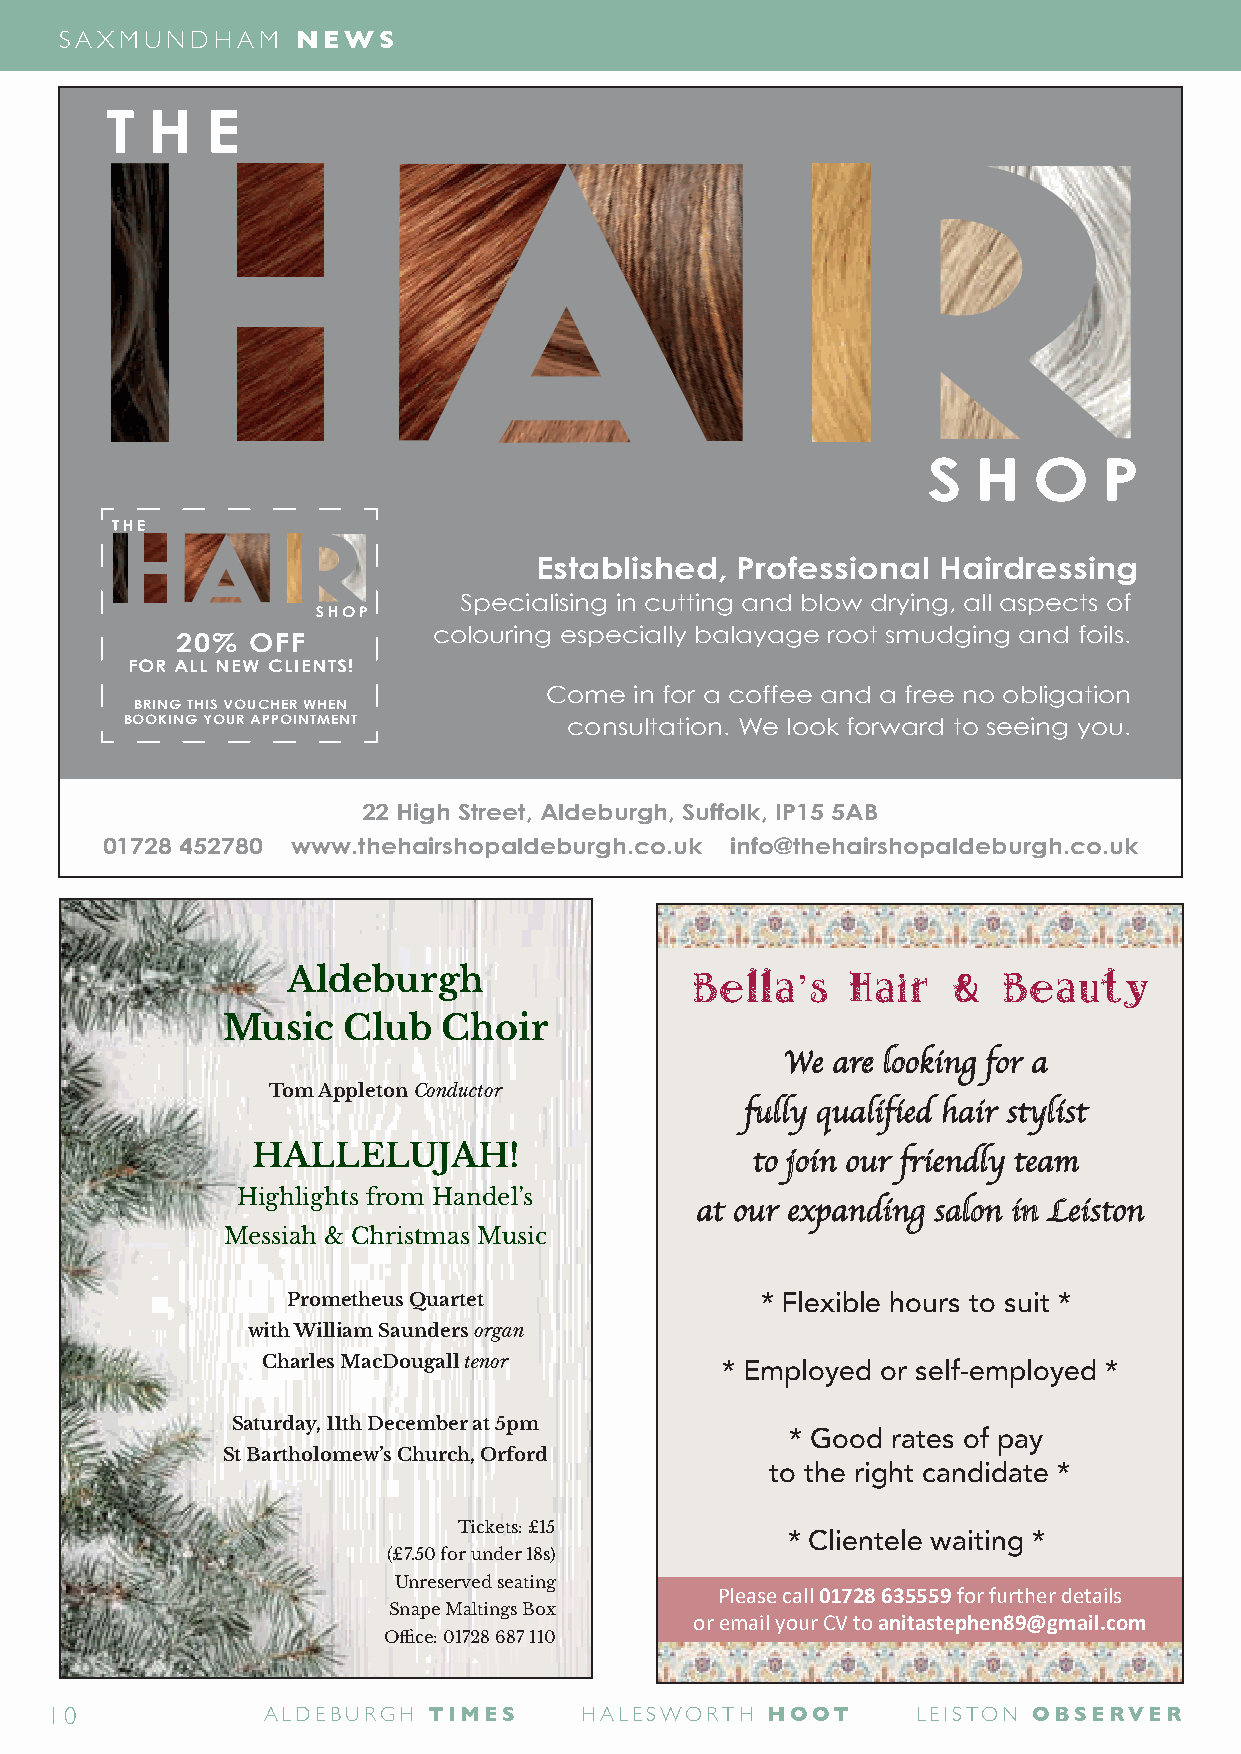
SAXMUNDHAM      NEWS
 Established,  Professional Hairdressing
 Specialising in cutting and blow drying, all aspects of
 colouring especially balayage root smudging and foils.
 20% OFF
 FOR ALL NEW CLIENTS!
 Come  in for a coffee and a free no obligation
 BRING THIS VOUCHER WHEN
 BOOKING YOUR APPOINTMENT      consultation. We look forward to seeing you.
 22 High Street, Aldeburgh, Suffolk, IP15 5AB
 01728 452780 www.thehairshopaldeburgh.co.uk info@thehairshopaldeburgh.co.uk
 Aldeburgh                  Bella   s Hair   &  Beauty
 ’
 Music   Club  Choir                                   Hair   Colouring
 We are looking for a
 Tom Appleton Conductor
 fully qualified hair stylist
 HALLELUJAH!
 to join our frie£n2d5.l0y0 team
 Highlights from Handel’s
 at our expanding saFlroonm in Leiston
 Messiah & Christmas Music                      £28.00
 T Bar
 Prometheus Quartet             * Flexible hours to suit *
 £15.00
 with William Saunders organ
 Charles MacDougall tenor       * Employed or self-emploRyeeGdro w*th
 £12.00
 Saturday, 11th December at 5pm
 * Good rates of pay
 St Bartholomew’s Church, Orford
 to the right candidate *
 £15.00
 Tickets: £15
 * Clientele waiting *
 (£7.50 for under 18s)               £16.00
 Unreserved seating
 Please call 01728 635559 for further details
 Snape Maltings Box                   From
 or email your CV to anitastephen89@gmail.com
 Office: 01728 687 110                £10.00
 From
 10            ALDEBURGH  TIMES     HALESWORTH   HOOT      LEISTON OBSERVER